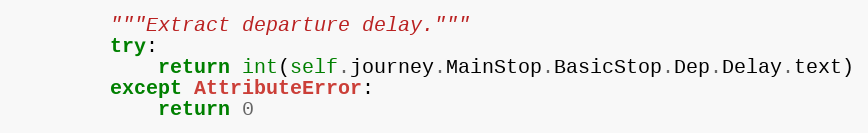
Language: Python
        """Extract departure delay."""
        try:
            return int(self.journey.MainStop.BasicStop.Dep.Delay.text)
        except AttributeError:
            return 0